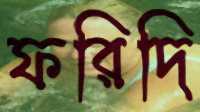
ফরিদি